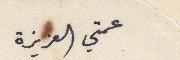
عمتي العزيزة